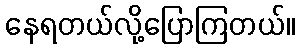
နေရတယ်လို့ပြောကြတယ်။